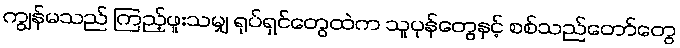
ကျွန်မသည် ကြည့်ဖူးသမျှ ရုပ်ရှင်တွေထဲက သူပုန်တွေနှင့် စစ်သည်တော်တွေ